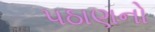
૫ઠાણનો